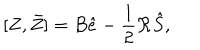
[ Z , \bar { Z } ] = B \hat { e } - \frac { 1 } { 2 } \mathcal R \hat { S } ,